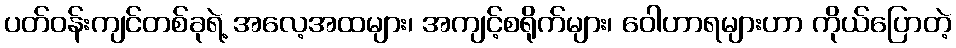
ပတ်ဝန်းကျင်တစ်ခုရဲ့ အလေ့အထများ၊ အကျင့်စရိုက်များ၊ ဝေါဟာရများဟာ ကိုယ်ပြောတဲ့